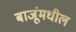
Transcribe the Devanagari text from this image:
बाजूंमधील